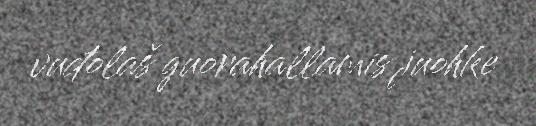
vuđolaš guorahallamis juohke